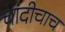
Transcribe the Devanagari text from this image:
चांदीचाच